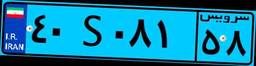
۲۰S۰۶۸۱۵